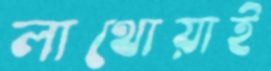
লাথোয়াই